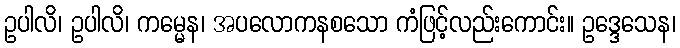
ဥပါလိ၊ ဥပါလိ၊ ကမ္မေန၊ အပလောကနစသော ကံဖြင့်လည်းကောင်း။ ဥဒ္ဒေသေန၊